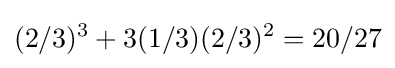
(2/3)^{3}+3(1/3)(2/3)^{2}=20/27